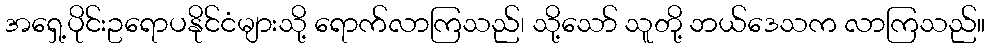
အရှေ့ပိုင်းဥရောပနိုင်ငံများသို့ ရောက်လာကြသည်၊ သို့သော် သူတို့ ဘယ်ဒေသက လာကြသည်။